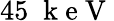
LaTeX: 45\; \mathrm{~k~e~V~}